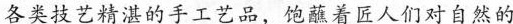
各类技艺精湛的手工艺品，饱蘸着匠人们对自然的